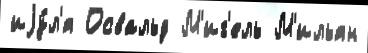
иjу́л'я Освальд М'иг'ель М'ильян